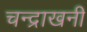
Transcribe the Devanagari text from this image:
चन्द्राखनी